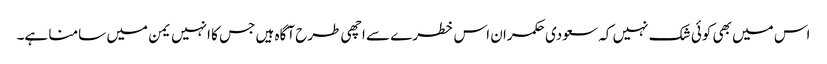
اس میں بھی کوئی شک نہیں کہ سعودی حکمران اس خطرے سے اچھی طرح آگاہ ہیں جس کا انہیں یمن میں سامنا ہے۔